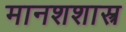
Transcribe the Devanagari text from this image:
मानशशास्त्र